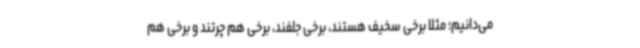
می‌دانیم؛ مثلا برخی سخیف هستند، برخی جلفند، برخی هم چرتند و برخی هم